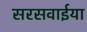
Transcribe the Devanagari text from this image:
सरसवाईया